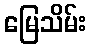
မြေသိမ်း